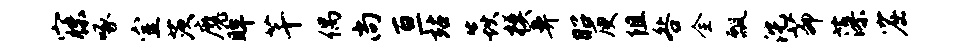
寐啄室茨魔眸芊偶尚亘站焱模鼻昭庾阻咎全瓢沱茆藻窟